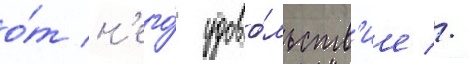
о́т н'его́ удово́льств'ие //